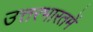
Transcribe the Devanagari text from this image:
उत्तरभारतमें